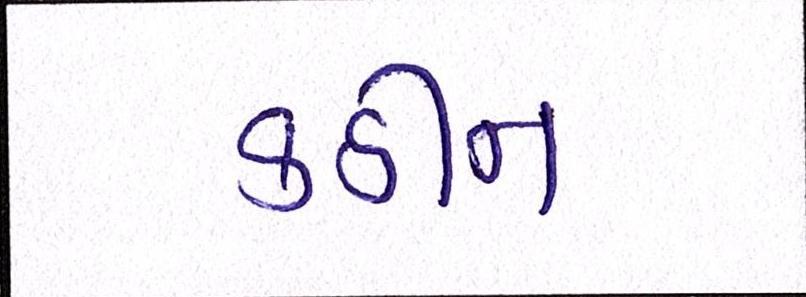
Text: કઠીન